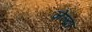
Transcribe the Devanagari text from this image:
ज़ेल्दा